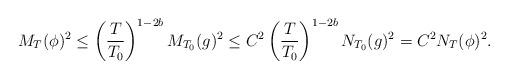
LaTeX: \begin{align*} M_T(\phi)^2 \le \left(\frac{T}{T_0}\right)^{1-2b} M_{T_0}(g)^2 \le C^2 \left(\frac{T}{T_0}\right)^{1-2b} N_{T_0}(g)^2 = C^2 N_T(\phi)^2.\end{align*}